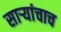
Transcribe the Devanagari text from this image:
साऱ्यांचाच